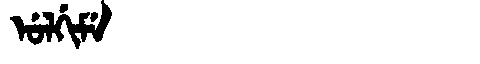
Manchu: ᡠᠯᡤᡳᠮᡝ
Romanization: ULGIME